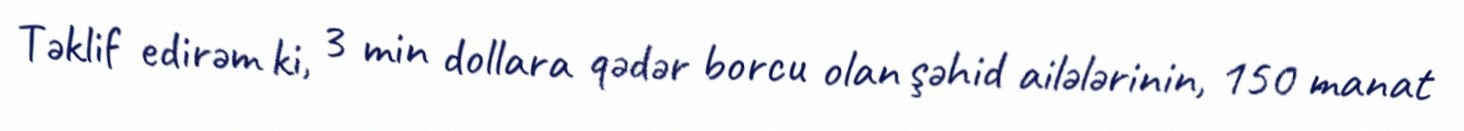
Təklif edirəm ki, 3 min dollara qədər borcu olan şəhid ailələrinin, 150 manat